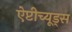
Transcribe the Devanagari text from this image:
ऐप्टीच्यूड्स